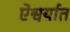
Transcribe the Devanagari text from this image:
ऐश्वर्यात